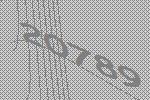
20789